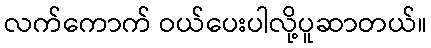
လက်ကောက် ဝယ်ပေးပါလို့ပူဆာတယ်။